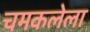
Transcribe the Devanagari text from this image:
चमकलेला